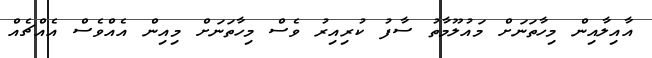
އާއިލާއިން މިހާތަނަށް މައުލޫމާތު ސާފު ކުރިއިރު ވެސް މިހާތަނަށް މިއިން އެއްވެސް އެއްޗެއް